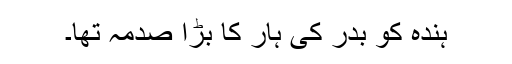
ہندہ کو بدر کی ہار کا بڑا صدمہ تھا۔